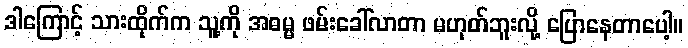
ဒါကြောင့် သားထိုက်က သူ့ကို အဓမ္မ ဖမ်းခေါ်လာတာ မဟုတ်ဘူးလို့ ပြောနေတာပေါ့။